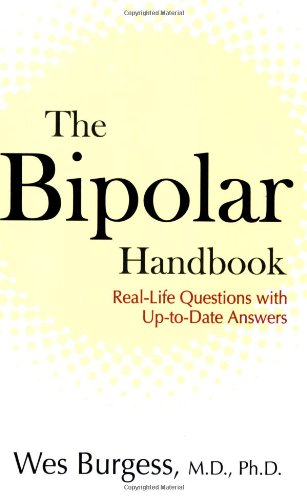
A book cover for The Bipolar Handbook: Real-Life Questions with Up-to-Date Answers; Wes Burgess; Health, Fitness & Dieting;